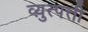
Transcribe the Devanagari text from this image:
व्य़ुत्पत्ती